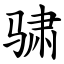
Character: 骕